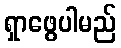
ရှာဖွေပါမည်